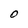
Character: O